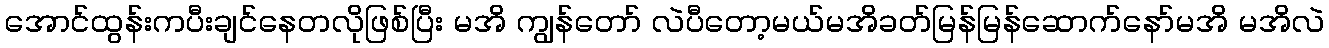
အောင်ထွန်းကပီးချင်နေတလိုဖြစ်ပြီး မအိ ကျွန်တော် လဲပီတော့မယ်မအိခတ်မြန်မြန်ဆောက်နော်မအိ မအိလဲ